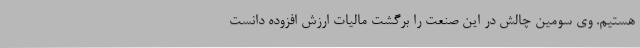
هستیم. وی سومین چالش در این صنعت را برگشت مالیات ارزش افزوده دانست